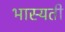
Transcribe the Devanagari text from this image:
भास्यती